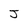
Character: J